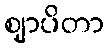
ဈာပိတာ